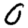
Digit: 0